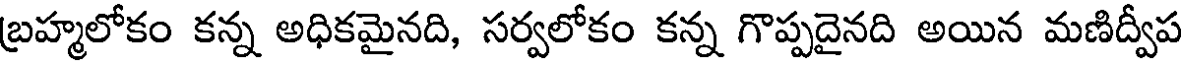
బ్రహ్మలోకం కన్న అధికమైనది, సర్వలోకం కన్న గొప్పదైనది అయిన మణిద్వీప